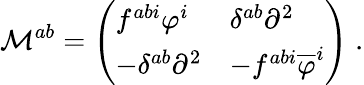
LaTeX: \mathcal{M}^{ab}=\left(\begin{array}{ll}{{f^{abi}\varphi^{i}}}&{{\delta^{ab}\partial^{2}}}\\ {{-\delta^{ab}\partial^{2}}}&{{-f^{abi}\overline{{{\varphi}}}^{i}}}\end{array}\right)\; .